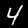
Digit: 4